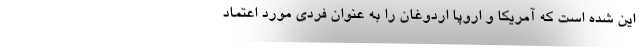
این شده است که آمریکا و اروپا اردوغان را به عنوان فردی مورد اعتماد